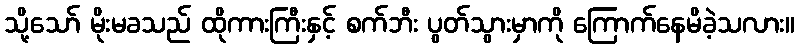
သို့သော် မိုးမခသည် ထိုကားကြီးနှင့် စက်ဘီး ပွတ်သွားမှာကို ကြောက်နေမိခဲ့သလား။